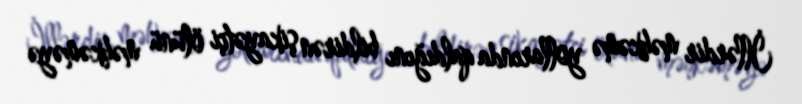
İllərdir məhkəmə yollarında qaldığını bildirən şikayətçi ölünü məhkəməyə